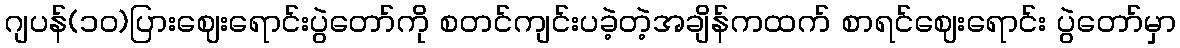
ဂျပန်(၁၀)ပြားဈေးရောင်းပွဲတော်ကို စတင်ကျင်းပခဲ့တဲ့အချိန်ကထက် စာရင်ဈေးရောင်း ပွဲတော်မှာ